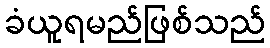
ခံယူရမည်ဖြစ်သည်